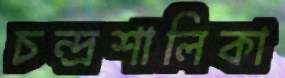
চন্দ্রশালিকা